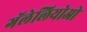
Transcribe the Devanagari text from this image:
गॅलेलियोओ